38_143685_box7_Incident_Summaries_1-100
Agency: Department of War
Page 1
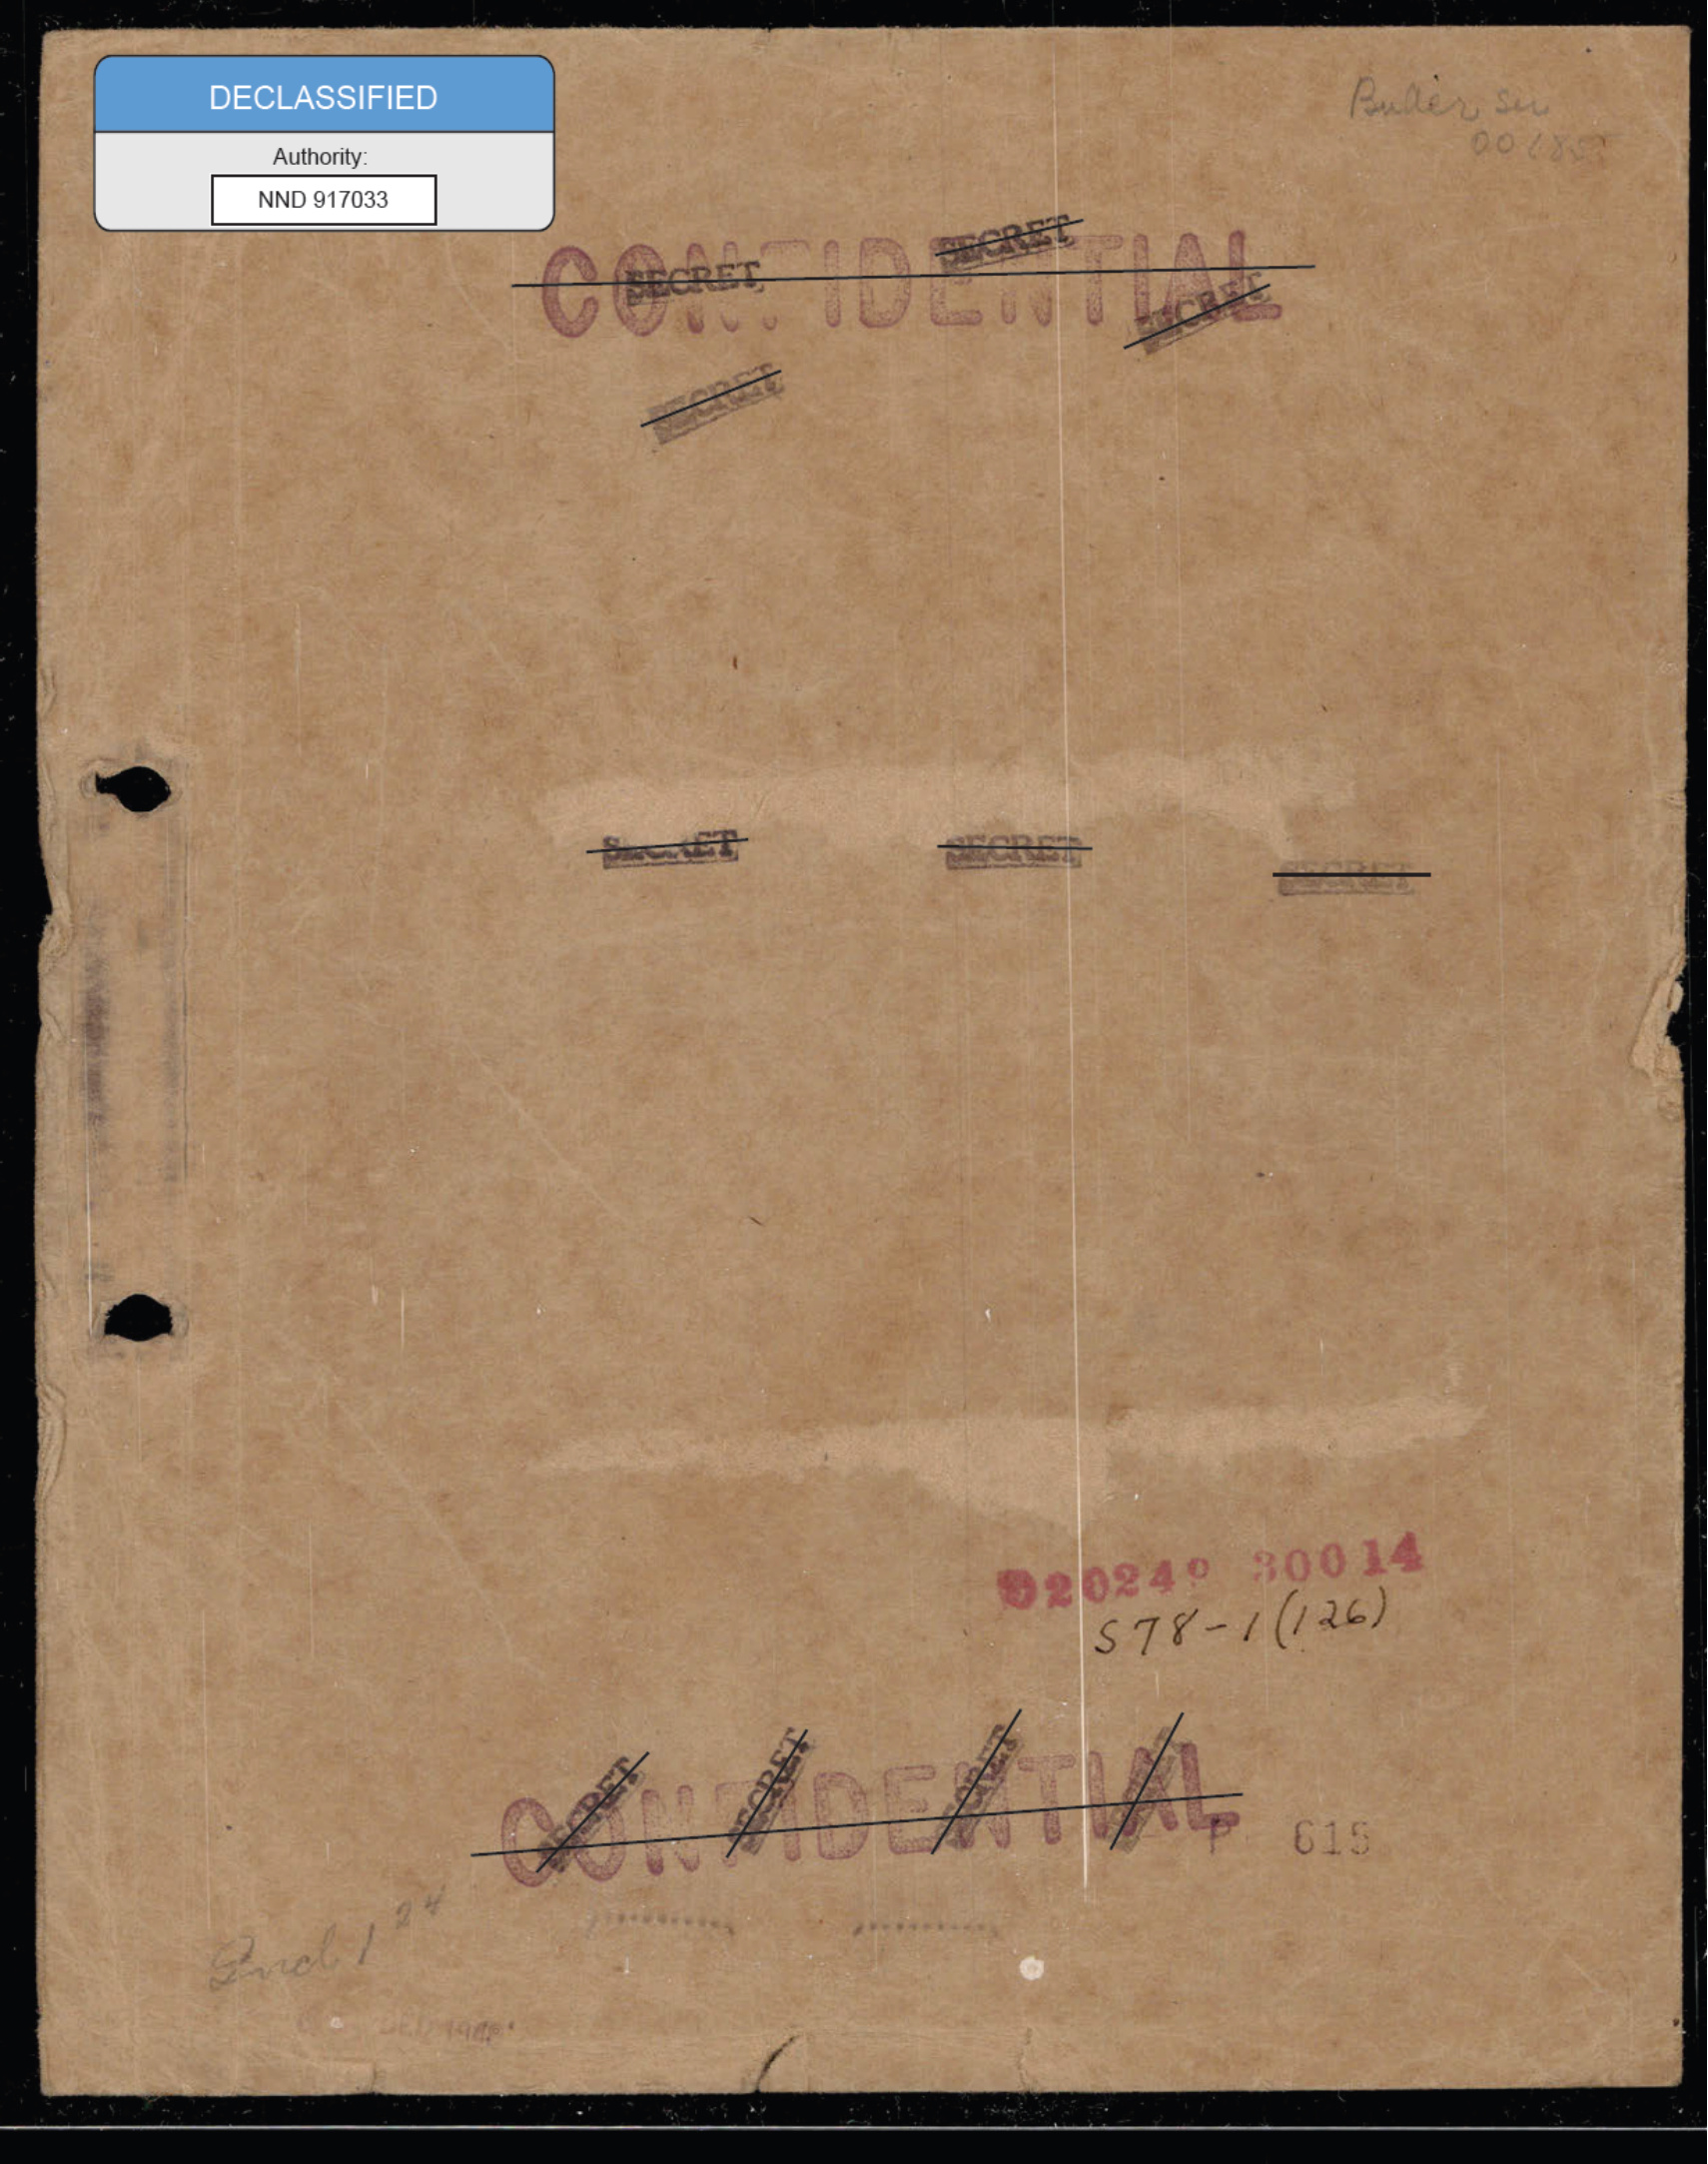